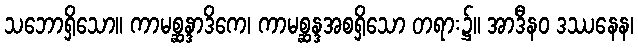
သဘောရှိသော။ ကာမစ္ဆန္ဒာဒိကေ၊ ကာမစ္ဆန္ဒအစရှိသော တရား၌။ အာဒီနဝ ဒဿနေန၊